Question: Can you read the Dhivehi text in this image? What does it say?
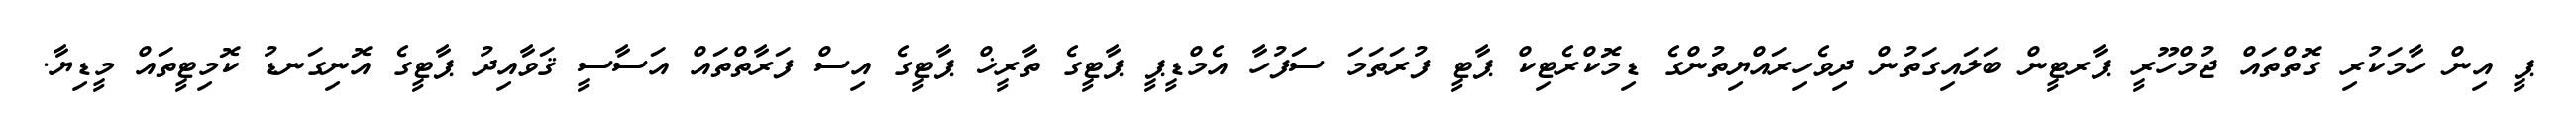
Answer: ޕީ އިން ހާމަކުރި ގޮތްތައް ޖުމްހޫރީ ޕާރޓީން ބަލައިގަތުން ދިވެހިރައްޔިތުންގެ ޑިމޮކްރެޓިކް ޕާޓީ ފުރަތަމަ ސަފުހާ އެމްޑީޕީ ޕާޓީގެ ތާރީޚް ޕާޓީގެ އިސް ފަރާތްތައް އަސާސީ ޤަވާއިދު ޕާޓީގެ އޮނިގަނޑު ކޮމިޓީތައް މީޑިޔާ.